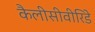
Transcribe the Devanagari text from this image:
कैलीसीवीरिडे